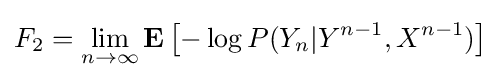
F_{2}=\lim _{n\to \infty }\mathbf {E} \left[-\log P(Y_{n}|Y^{n-1},X^{n-1})\right]